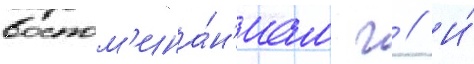
воспом'ина́н'иам г // И́